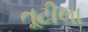
તૂટીલા